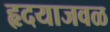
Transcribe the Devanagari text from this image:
हृदयाजवळ